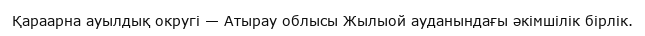
Қараарна ауылдық округі — Атырау облысы Жылыой ауданындағы әкімшілік бірлік.